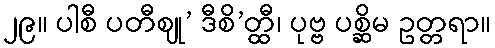
၂၉။ ပါစီ ပတီဈု’ ဒီစိ’တ္ထီ၊ ပုဗ္ဗ ပစ္ဆိမ ဥတ္တရာ။